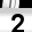
Digit: 2